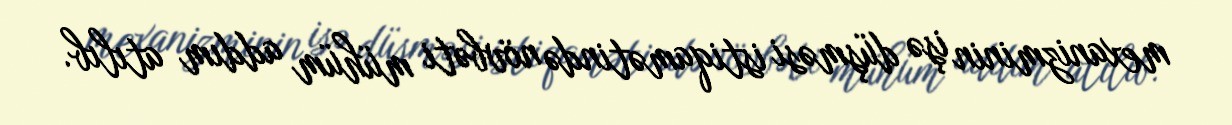
mexanizminin işə düşməsi istiqamətində növbəti mühüm addım atılıb.